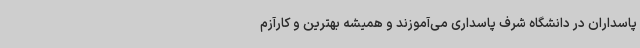
پاسداران در دانشگاه شرف پاسداری می‌آموزند و همیشه بهترین و کارآزم